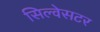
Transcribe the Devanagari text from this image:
सिल्वेसटर